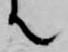
て